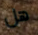
هل